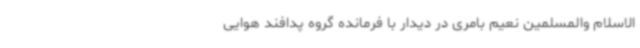
الاسلام والمسلمین نعیم بامری در دیدار با فرمانده گروه پدافند هوایی